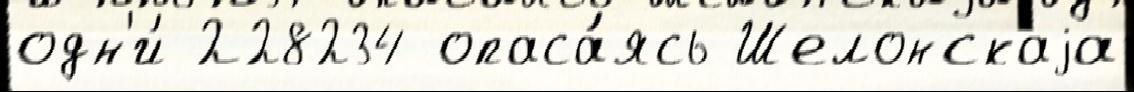
одн'и́ 228234 опаса́ясь Шелонскаjа